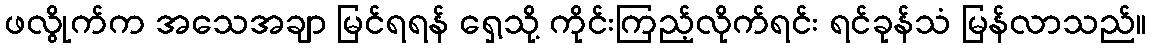
ဖလွိုက်က အသေအချာ မြင်ရရန် ရှေ့သို့ ကိုင်းကြည့်လိုက်ရင်း ရင်ခုန်သံ မြန်လာသည်။